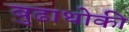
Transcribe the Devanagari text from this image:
बुढाथोकी